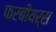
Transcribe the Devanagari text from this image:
फरबीयर्स